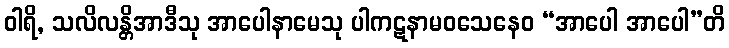
ဝါရိ, သလိလန္တိအာဒီသု အာပေါနာမေသု ပါကဋနာမဝသေနေဝ “အာပေါ အာပေါ”တိ